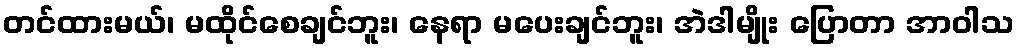
တင်ထားမယ်၊ မထိုင်စေချင်ဘူး၊ နေရာ မပေးချင်ဘူး၊ အဲဒါမျိုး ပြောတာ အာဝါသ